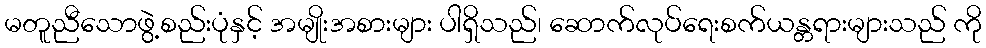
မတူညီသောဖွဲ့စည်းပုံနှင့် အမျိုးအစားများ ပါရှိသည်၊ ဆောက်လုပ်ရေးစက်ယန္တရားများသည် ကို